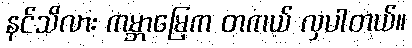
နင်သိလား ကမ္ဘာမြေက တကယ် လှပါတယ်။